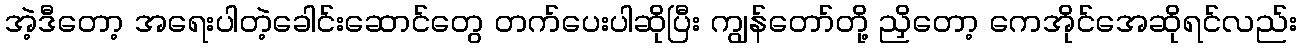
အဲ့ဒီတော့ အရေးပါတဲ့ခေါင်းဆောင်တွေ တက်ပေးပါဆိုပြီး ကျွန်တော်တို့ ညှိတော့ ကေအိုင်အေဆိုရင်လည်း